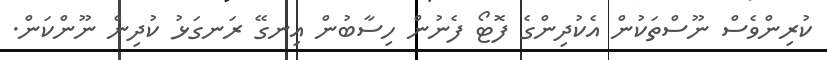
ކުރިންވެސް ނޫސްތަކުން އެކުދިންގެ ފޮޓޯ ފެނުން ހިސާބުން އިނގޭ ރަނގަޅު ކުދިން ނޫންކަން.